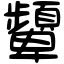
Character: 顰